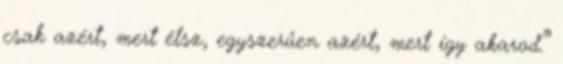
csak azért, mert élsz, egyszerűen azért, mert így akarod.”